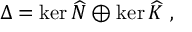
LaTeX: \Delta = \ker \widehat { N } \oplus \ker \widehat { K } ~ ,